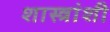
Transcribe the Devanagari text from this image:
शास्त्रांशी